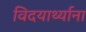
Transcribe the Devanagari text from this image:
विदयार्थ्याना